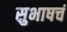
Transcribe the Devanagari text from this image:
सुभाषचं